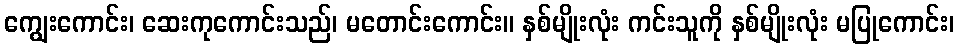
ကျွေးကောင်း၊ ဆေးကုကောင်းသည်၊ မတောင်းကောင်း။ နှစ်မျိုးလုံး ကင်းသူကို နှစ်မျိုးလုံး မပြုကောင်း၊